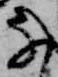
な